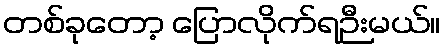
တစ်ခုတော့ ပြောလိုက်ရဉီးမယ်။